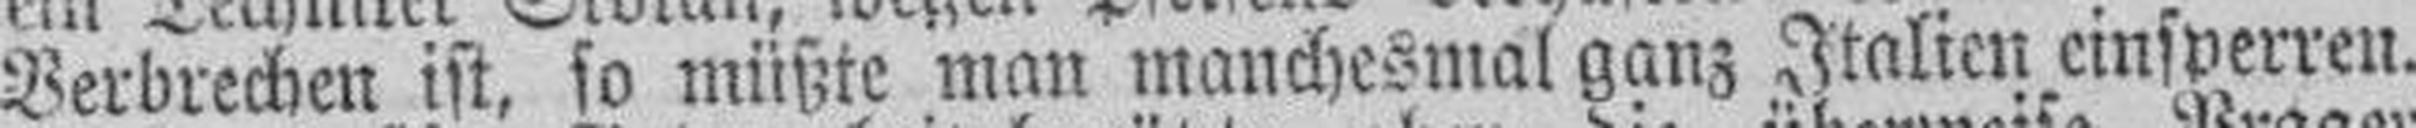
Verbrechen ist, so müßte man manchesmal ganz Italien einsperren.